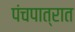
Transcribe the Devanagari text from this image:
पंचपात्रात